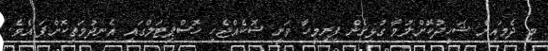
މި ދެމައިން ޝަހީދުކޮށްލުމާ ގުޅިގެން ފިރިމީހާ ވަނީ ޝޮކެއްޖެހި ހޮސްޕިޓަލްގައި އެނދުމަތިކޮށްފަ އެވެ.